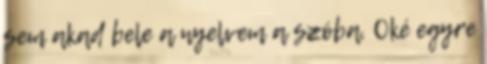
sem akad bele a nyelvem a szóba. Oké egyre